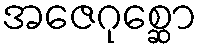
အဇေဂုစ္ဆော